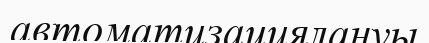
автоматизациялануы